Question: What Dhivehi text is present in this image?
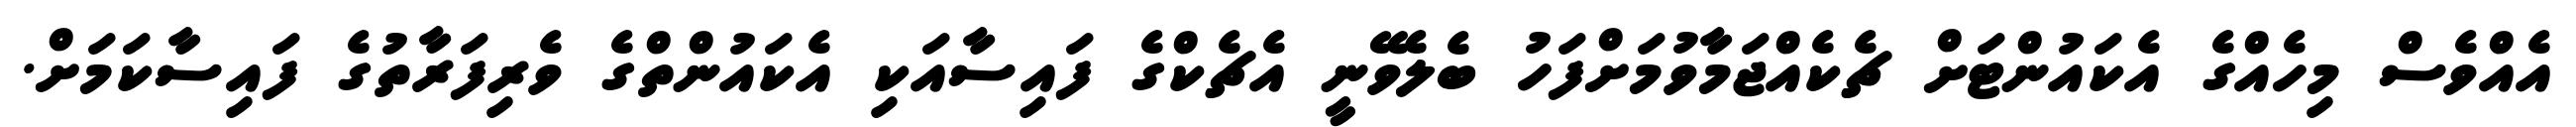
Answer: އެއްވެސް މިހެއްގެ އެކައުންޓަށް ޗެކެއްޖަމާވުމަށްފަހު ބެލެވޭނީ އެޗެކްގެ ފައިސާއަކި އެކައުންތްގެ ވެރިފަރާތުގެ ފައިސާކަމަށް.